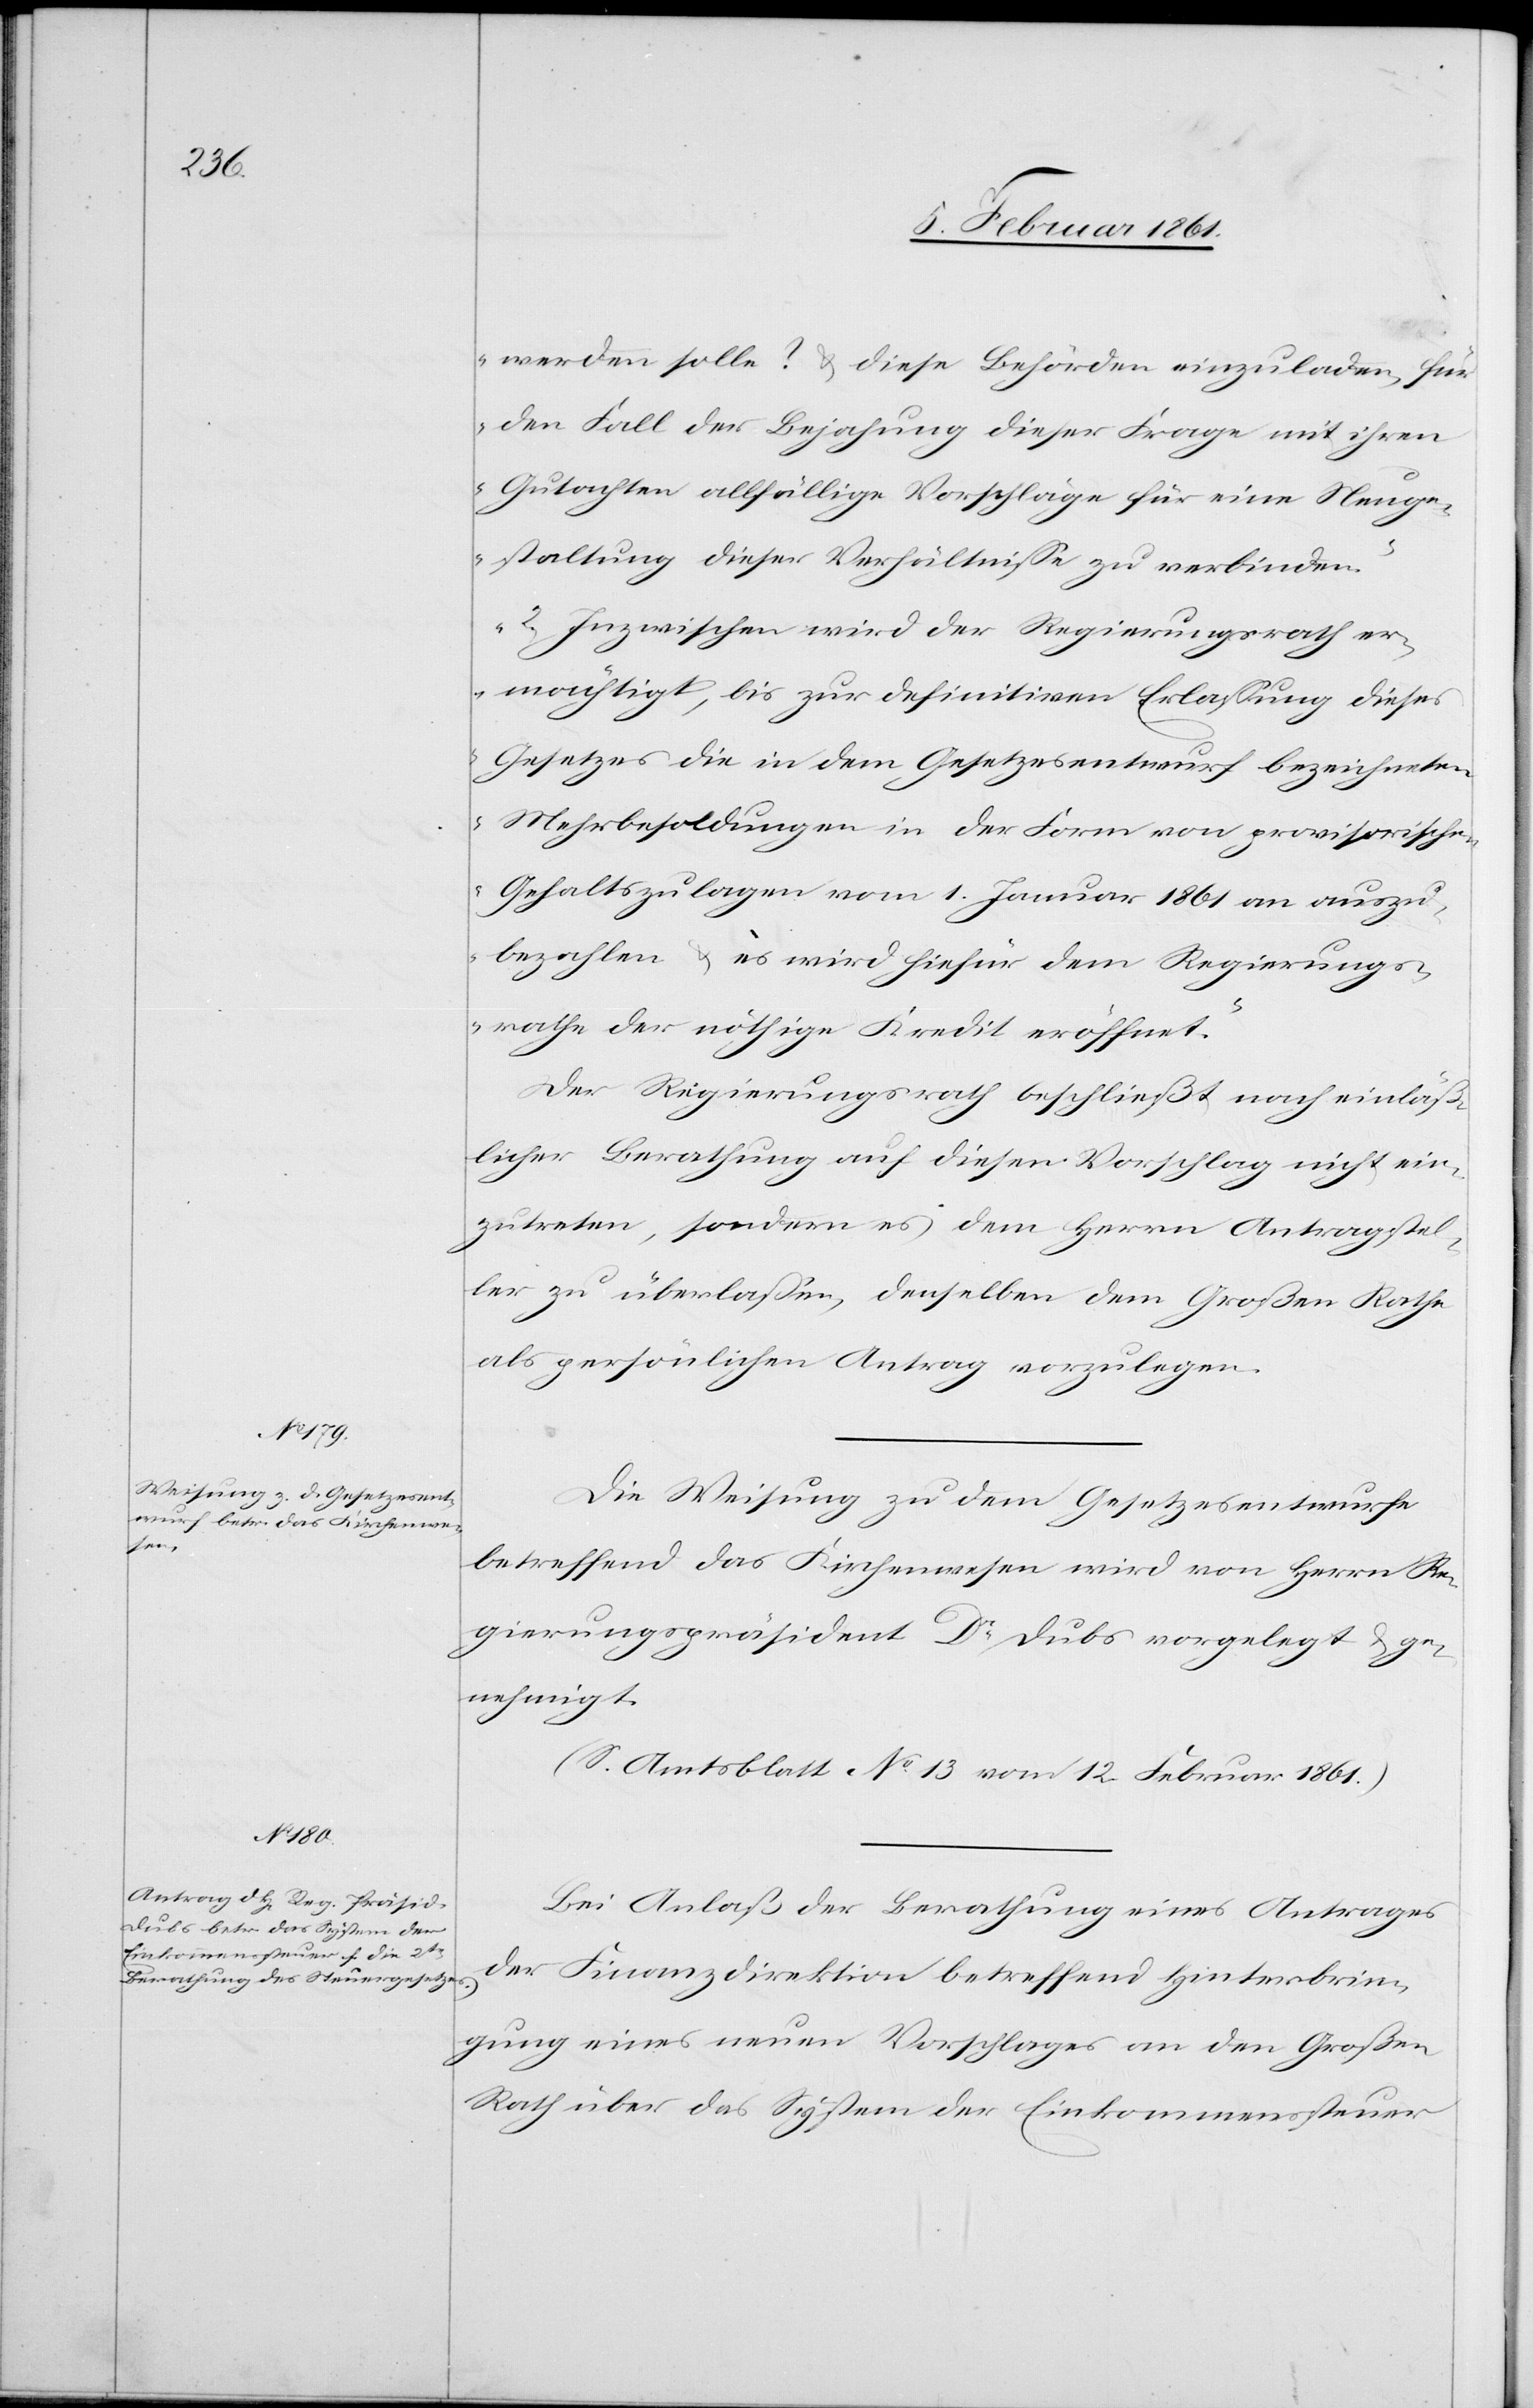
werden solle? u. diese Behörden einzuladen, für
den Fall der Bejahung dieser Frage mit ihren
Gutachten allfällige Vorschläge für eine Neuge¬
staltung dieser Verhältnisse zu verbinden.
2) Inzwischen wird der Regierungsrath er¬
mächtigt, bis zur definitiven Erlassung dieses
Gesetzes die in dem Gesetzesentwurf bezeichneten
Mehrbesoldungen in der Form von provisorischen
Gehaltszulagen vom 1. Januar 1861 an auszu¬
bezahlen u. es wird hiefür dem Regierungs¬
rathe der nöthige Kredit eröffnet.“
Der Regierungsrath beschließt nach einläß¬
licher Berathung auf diesen Vorschlag nicht ein¬
zutreten, sondern es dem Herrn Antragstel¬
ler zu überlassen, denselben dem Großen Rathe
als persönlichen Antrag vorzulegen.
Die Weisung zu dem Gesetzesentwurf
betreffend das Kirchenwesen wird von Herrn Re¬
gierungspräsident Dr. Dubs vorgelegt u. ge¬
nehmigt.
(S. Amtsblatt No13 vom 12. Februar 1861.)
Bei Anlaß der Berathung eines Antrages
der Finanzdirektion betreffend Hinterbrin¬
gung eines neuen Vorschlages an den Großen
Rath über das System der Einkommenssteuer